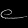
Digit: ၉